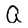
Character: a